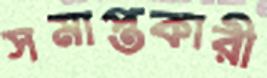
সমাপ্তকারী